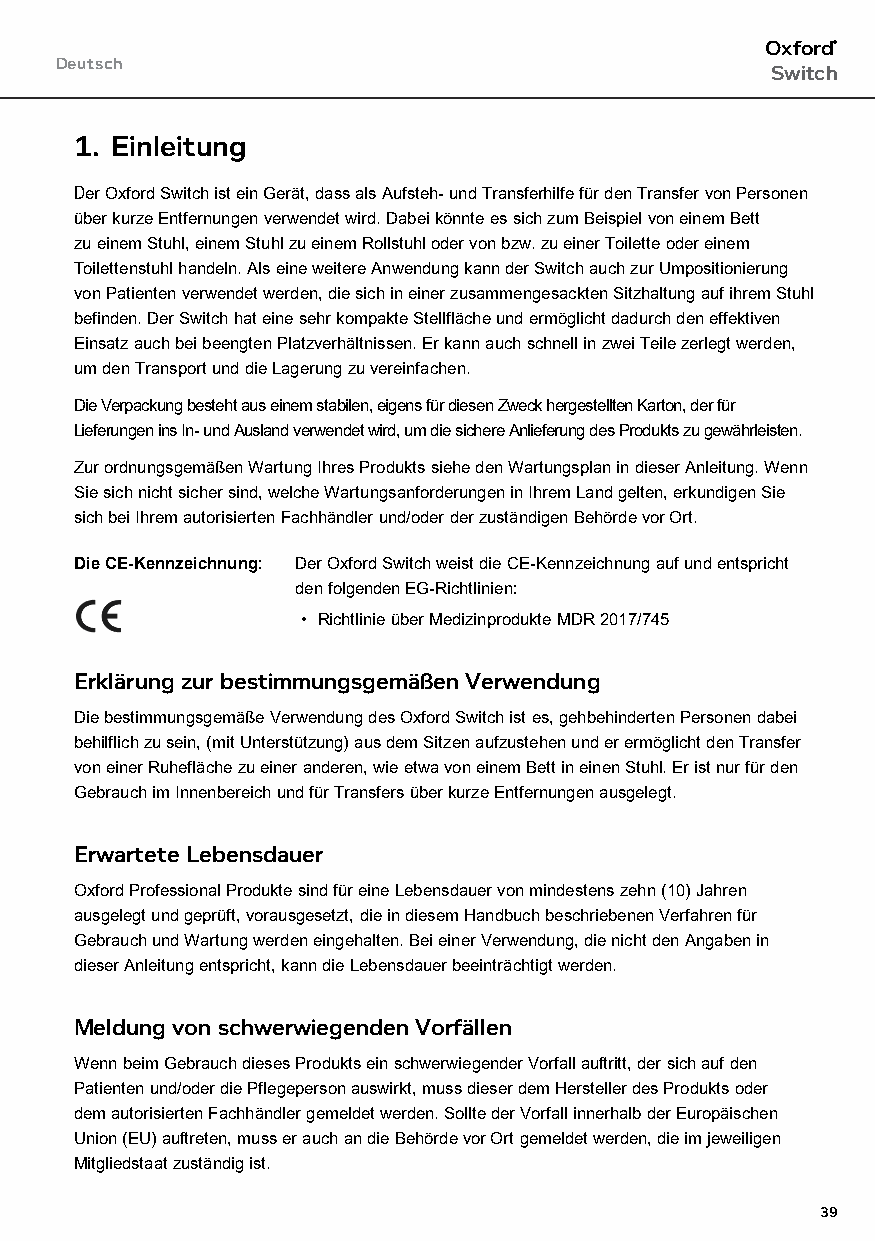
Oxford®
 Deutsch
 Switch
 1. Einleitung
 Der Oxford Switch ist ein Gerät, dass als Aufsteh- und Transferhilfe für den Transfer von Personen
 über kurze Entfernungen verwendet wird. Dabei könnte es sich zum Beispiel von einem Bett
 zu einem Stuhl, einem Stuhl zu einem Rollstuhl oder von bzw. zu einer Toilette oder einem
 Toilettenstuhl handeln. Als eine weitere Anwendung kann der Switch auch zur Umpositionierung
 von Patienten verwendet werden, die sich in einer zusammengesackten Sitzhaltung auf ihrem Stuhl
 befinden. Der Switch hat eine sehr kompakte Stellfläche und ermöglicht dadurch den effektiven
 Einsatz auch bei beengten Platzverhältnissen. Er kann auch schnell in zwei Teile zerlegt werden,
 um den Transport und die Lagerung zu vereinfachen.
 Die Verpackung besteht aus einem stabilen, eigens für diesen Zweck hergestellten Karton, der für
 Lieferungen ins In- und Ausland verwendet wird, um die sichere Anlieferung des Produkts zu gewährleisten.
 Zur ordnungsgemäßen Wartung Ihres Produkts siehe den Wartungsplan in dieser Anleitung. Wenn
 Sie sich nicht sicher sind, welche Wartungsanforderungen in Ihrem Land gelten, erkundigen Sie
 sich bei Ihrem autorisierten Fachhändler und/oder der zuständigen Behörde vor Ort.
 Die CE-Kennzeichnung: Der Oxford Switch weist die CE-Kennzeichnung auf und entspricht
 den folgenden EG-Richtlinien:
 • Richtlinie über Medizinprodukte MDR 2017/745
 Erklärung zur bestimmungsgemäßen Verwendung
 Die bestimmungsgemäße Verwendung des Oxford Switch ist es, gehbehinderten Personen dabei
 behilflich zu sein, (mit Unterstützung) aus dem Sitzen aufzustehen und er ermöglicht den Transfer
 von einer Ruhefläche zu einer anderen, wie etwa von einem Bett in einen Stuhl. Er ist nur für den
 Gebrauch im Innenbereich und für Transfers über kurze Entfernungen ausgelegt.
 Erwartete Lebensdauer
 Oxford Professional Produkte sind für eine Lebensdauer von mindestens zehn (10) Jahren
 ausgelegt und geprüft, vorausgesetzt, die in diesem Handbuch beschriebenen Verfahren für
 Gebrauch und Wartung werden eingehalten. Bei einer Verwendung, die nicht den Angaben in
 dieser Anleitung entspricht, kann die Lebensdauer beeinträchtigt werden.
 Meldung von schwerwiegenden Vorfällen
 Wenn beim Gebrauch dieses Produkts ein schwerwiegender Vorfall auftritt, der sich auf den
 Patienten und/oder die Pflegeperson auswirkt, muss dieser dem Hersteller des Produkts oder
 dem autorisierten Fachhändler gemeldet werden. Sollte der Vorfall innerhalb der Europäischen
 Union (EU) auftreten, muss er auch an die Behörde vor Ort gemeldet werden, die im jeweiligen
 Mitgliedstaat zuständig ist.
 39